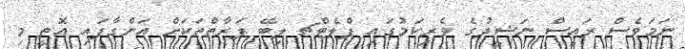
ނަމަވެސް ރައީސް ނަޝީދުގެ ވެރިކަމުގައި ފްލެޓްޗ ލިބޭ ފަރާތްތަކަށް އަންގާފައި އޮތީ މި